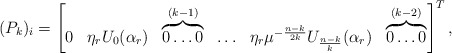
\begin{align*}(P_k)_i=\begin{bmatrix}0 & \eta_r U_0(\alpha_r) & \overbrace{0 \ldots 0}^{(k-1)} & \ldots & \eta_r\mu^{-\frac{n-k}{2k}} U_{\frac{n-k}{k}}(\alpha_r) & \overbrace{0 \ldots 0}^{(k-2)}\end{bmatrix}^{T}, \end{align*}